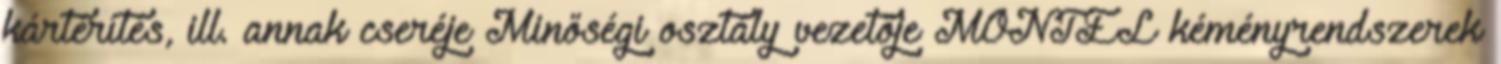
kártérítés, ill. annak cseréje Minőségi osztály vezetője MONTEL kéményrendszerek